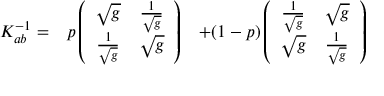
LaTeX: \begin{array} { c c c } { { K _ { a b } ^ { - 1 } = } } & { { p \left( \begin{array} { c c } { { \sqrt { g } } } & { { { \frac { 1 } { \sqrt { g } } } } } \\ { { { \frac { 1 } { \sqrt { g } } } } } & { { \sqrt { g } } } \end{array} \right) } } & { { + ( 1 - p ) \left( \begin{array} { c c } { { { \frac { 1 } { \sqrt { g } } } } } & { { \sqrt { g } } } \\ { { \sqrt { g } } } & { { { \frac { 1 } { \sqrt { g } } } } } \end{array} \right) } } \end{array}